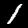
Label: 1